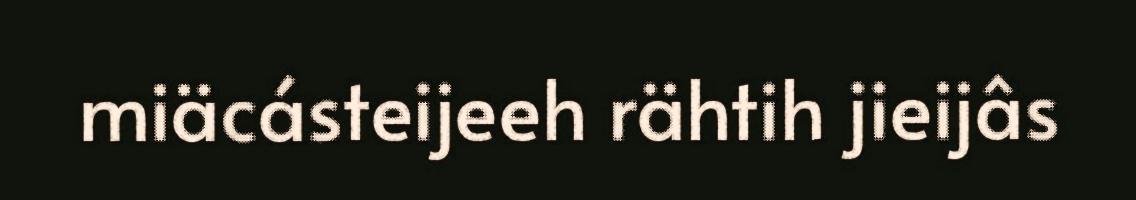
miäcásteijeeh rähtih jieijâs